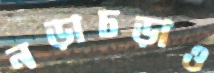
নড়াচড়াও